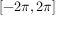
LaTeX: \left[ - 2 \pi , 2 \pi \right]